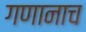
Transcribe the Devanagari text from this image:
गणानाच